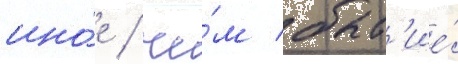
ино́е / че́м быт'ие́